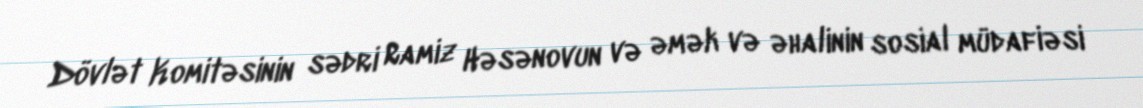
Dövlət Komitəsinin sədri Ramiz Həsənovun və əmək və əhalinin sosial müdafiəsi